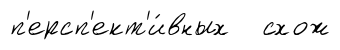
п'ерсп'ект'и́вных схож